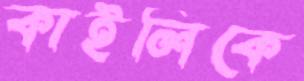
কাইলিকে